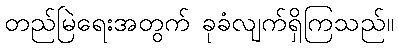
တည်မြဲရေးအတွက် ခုခံလျက်ရှိကြသည်။